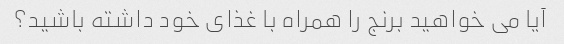
آیا می خواهید برنج را همراه با غذای خود داشته باشید؟